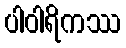
ပါဝါရိကဿ